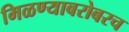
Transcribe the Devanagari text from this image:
मिळण्याबरोबरच